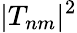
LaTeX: |T_{nm}|^{2}